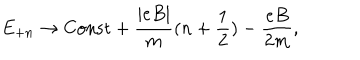
LaTeX: E _ { + n } \rightarrow { \mathrm { C o n s t } } + \frac { | e B | } { m } ( n + { \frac { 1 } { 2 } } ) - \frac { e B } { 2 m } ,